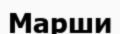
Марши